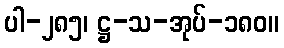
ပါ-၂၈၅၊ ဋ္ဌ-သ-အုပ်-၁၈၀။